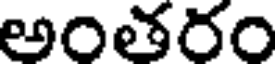
అంతరం